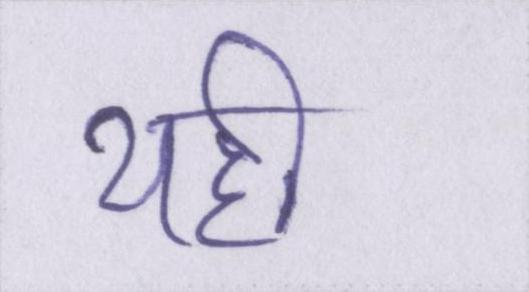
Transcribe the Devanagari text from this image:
यही